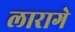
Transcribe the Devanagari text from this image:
लारागे